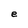
Character: e